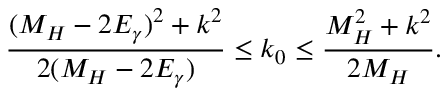
\frac { ( M _ { H } - 2 E _ { \gamma } ) ^ { 2 } + k ^ { 2 } } { 2 ( M _ { H } - 2 E _ { \gamma } ) } \le k _ { 0 } \le \frac { M _ { H } ^ { 2 } + k ^ { 2 } } { 2 M _ { H } } .